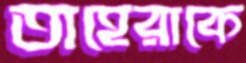
তাহেরাকে